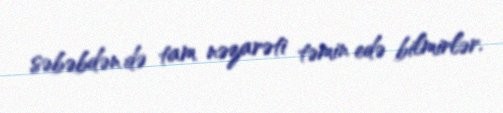
səbəbdən də tam nəzarəti təmin edə bilmirlər.